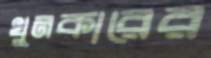
খুনকারের